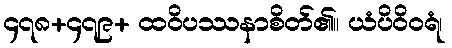
၄၇၈+၄၇၉+ ထဝိပဿနာစိတ်၏။ ယံပိဝိဝရံ၊